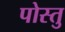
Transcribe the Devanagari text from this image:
पोस्तु